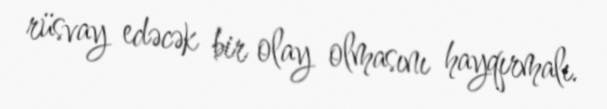
rüsvay edəcək bir olay olmasını hayqırmalı.